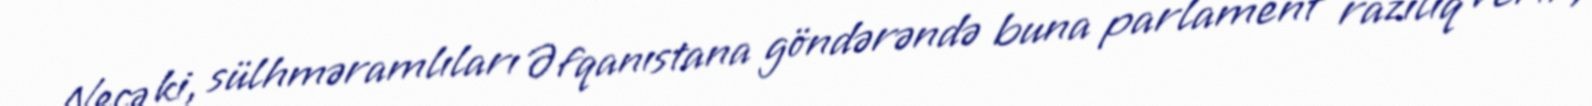
Necə ki, sülhməramlıları Əfqanıstana göndərəndə buna parlament razılıq verir,